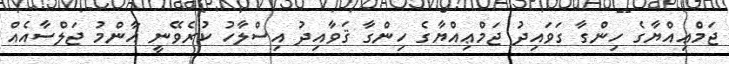
ޖަމްޢިއްޔާގެ ހިންގާ ގަވައިދު ޖަމްޢިއްޔާގެ ހިންގާ ޤަވާއިދު އިސްލާހު ކުރެވޭނީ އާންމު ޖަލްސާއެއް